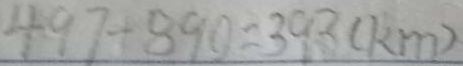
4 9 7 - 8 9 0 = 3 9 3 ( k m )